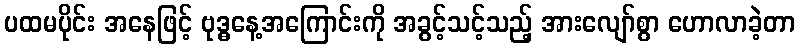
ပထမပိုင်း အနေဖြင့် ဗုဒ္ဓနေ့အကြောင်းကို အခွင့်သင့်သည့် အားလျော်စွာ ဟောလာခဲ့တာ